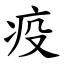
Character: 疫